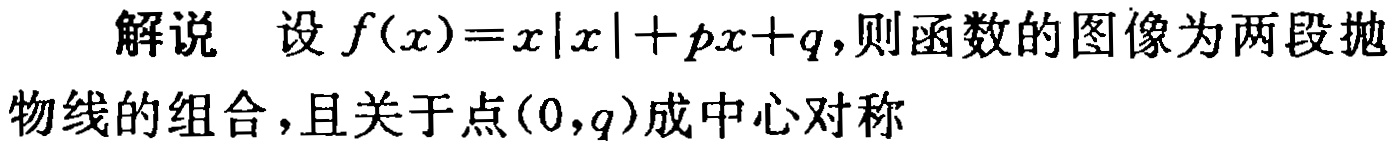
解说 设 \(f(x)=x|x| + px + q\)，则函数的图像为两段抛物线的组合，且关于点\((0,q)\)成中心对称